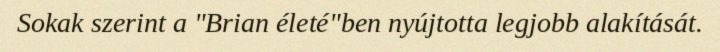
Sokak szerint a "Brian életé"ben nyújtotta legjobb alakítását.